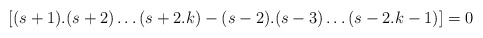
\begin{align*}[(s+1).(s+2)\ldots (s+2.k)-(s-2).(s-3)\ldots (s-2.k-1)]=0 \end{align*}